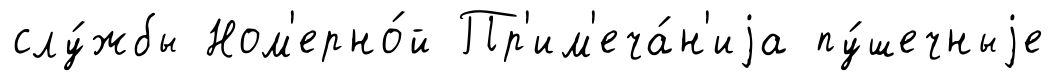
слу́жбы Ном'ерно́й Пр'им'еча́н'иjа пу́шечныjе